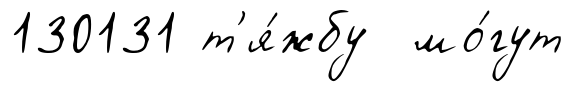
130131 т'я́жбу мо́гут